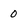
Character: 0